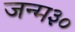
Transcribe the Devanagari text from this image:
जन्म३०